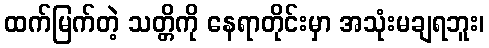
ထက်မြက်တဲ့ သတ္တိကို နေရာတိုင်းမှာ အသုံးမချရဘူး၊